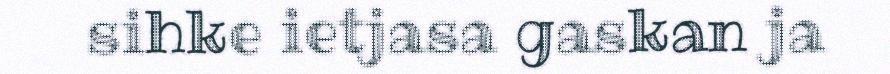
sihke ietjasa gaskan ja